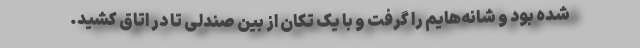
شده بود و شانه‌هایم را گرفت و با یک تکان از بین صندلی تا در اتاق کشید.